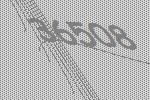
36508